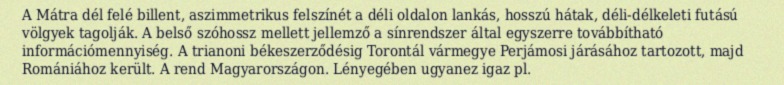
A Mátra dél felé billent, aszimmetrikus felszínét a déli oldalon lankás, hosszú hátak, déli-délkeleti futású völgyek tagolják. A belső szóhossz mellett jellemző a sínrendszer által egyszerre továbbítható információmennyiség. A trianoni békeszerződésig Torontál vármegye Perjámosi járásához tartozott, majd Romániához került. A rend Magyarországon. Lényegében ugyanez igaz pl.